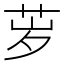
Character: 𬜨